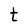
Character: t